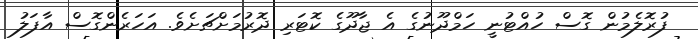
ފުރޮލެމުން ގޮސް ހުއްޓުނީ ހަމްދޫނުގެ އެ ޖާދޫގެ ކޮޓަރި ދޮރުމަށްޗަށެވެ. އަހަރެންގޮސް އާފަލު